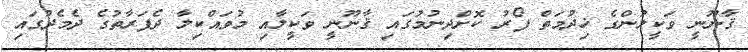
ޤާނޫނީ ވަކީލުންގެ ޚިދުމަތް ފޯރު ކޮށްދިނުމުގައި ޤާނޫނީ ވަކީލާއި މުވައްކިލާ ދެފަރާތުގެ ދެމެދުގައި